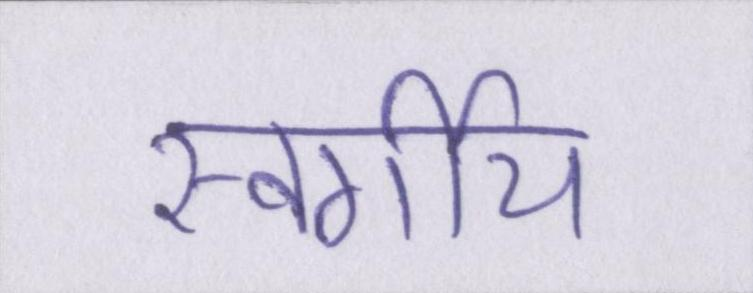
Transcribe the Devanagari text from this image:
स्वर्गीय